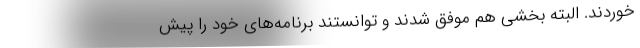
‌خوردند. البته بخشی هم موفق شدند و توانستند برنامه‌های خود را پیش